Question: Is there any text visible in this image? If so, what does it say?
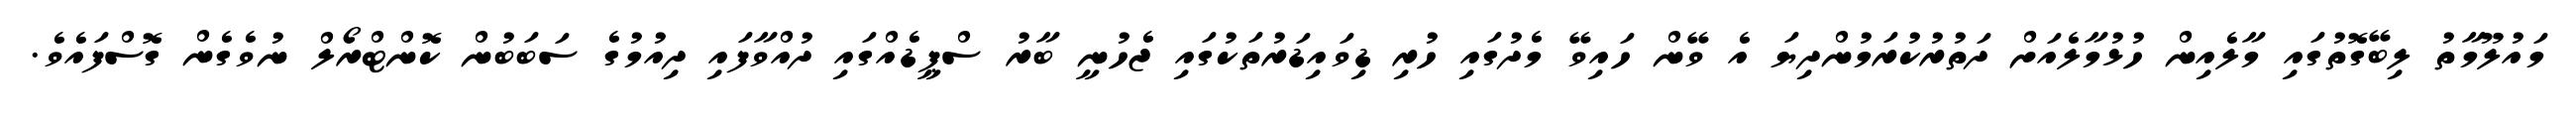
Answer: މައުލޫމާތު ލިބޭގޮތުގައި މާލެއިން ހުޅުމާލެއަށް ދަތުރުކުރަމުންދިޔަ އެ ވޭން ހައިވޭ މެދުގައި ހުރި ޑިވައިޑަރުތަކުގައި ޖެހުނީ ބާރު ސްޕީޑެއްގައި ދުއްވާފައި ދިއުމުގެ ސަބަބުން ކޮންޓްރޯލް ނުވެގެން ގޮސްފައެވެ.